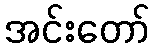
အင်းတော်